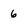
Character: 6